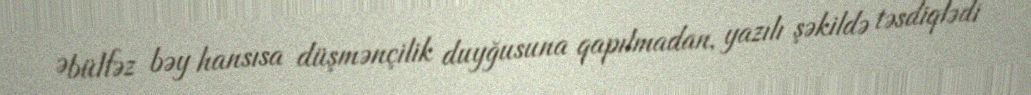
Əbülfəz bəy hansısa düşmənçilik duyğusuna qapılmadan, yazılı şəkildə təsdiqlədi